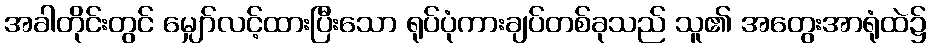
အခါတိုင်းတွင် မျှော်လင့်ထားပြီးသော ရုပ်ပုံကားချပ်တစ်ခုသည် သူ၏ အတွေးအာရုံထဲ၌